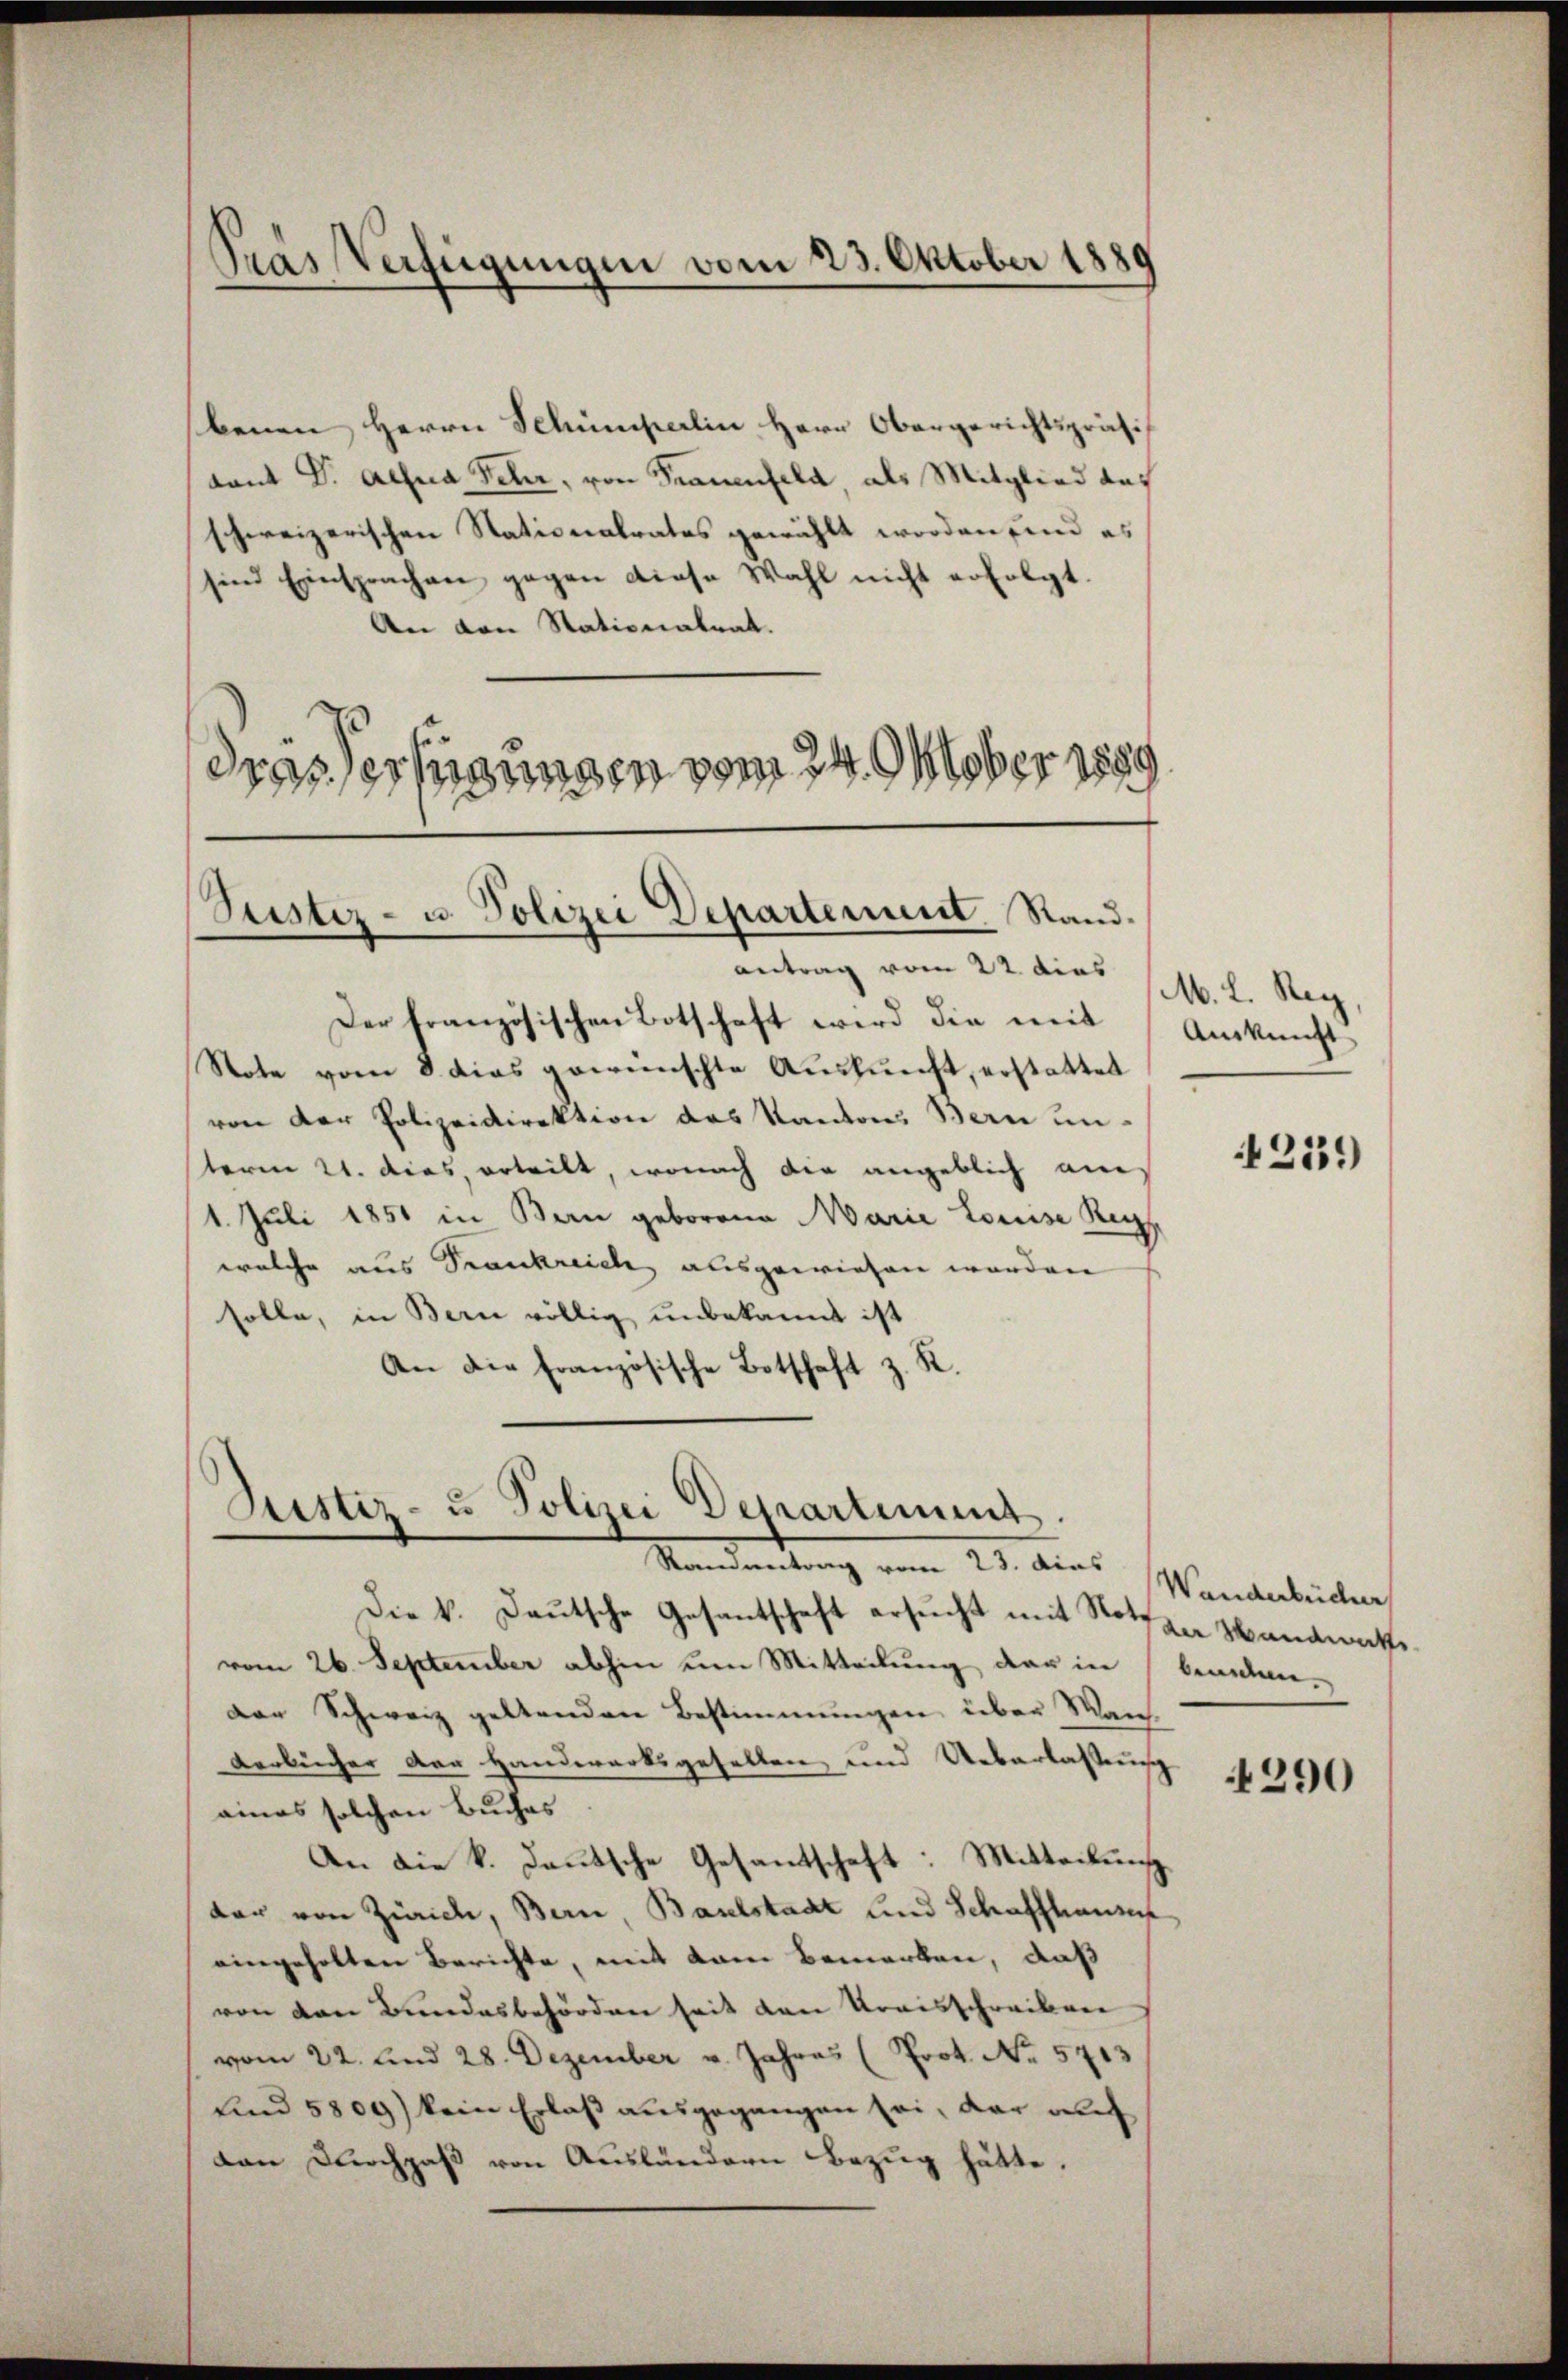
Pras Verfügungen vom 23. Oktober 1889

benen Herrn Schumperlin Herr Obergerichtspräsi
Lant Dr. Acha Fehr, von Frauenfeld als Mitglied des
schweizerischen Stationalrates gewählt worden sind es
sind Einsprachen gegen diese Wahl nicht erfolgt.
An den Stationalrat.
drasterfügungen vom 24. Oktober 1889

Justiz- u. Polizei Departement. Rand¬

Justiz- u. Polizei Departement.
Standerung vom 25. dies andenbeiter

Der französischen Botschaft wird die mit
Note vom 8. dies gewünschte Auskunft, erstattet
von der Polizeidirektion des Kantons Bern unsterm 21. dies, erteilt, wonach die angeblich an¬
1. Juli 1851 in Bern geborene Marie Louise Reg
welche aus Frankreich ausgewiesen worden
solle, in Bern völlig unbekannt ist
An die Französische Botschaft z. R.

antrag vom 22. dies /M. L. Reg

Die k. Deutsche Gesantschaft ersŭcht mit Stott zu Handwate
vom 26. September abhin um Mitteilung der in beiden.
Der Schweiz geltenden Bestimmungen über Wan-
Verbücher der Handwerksgesellen und Ueberlassung
aines solchen Buches
An die k. Deutsche Gesantschaft: Mitteilung
dar von Zürich, Bern Baselstadt und Schaffhauser
eingeholten Berichte, mit kam bemerken, daß
von den Bundesbehörden seit den Kraisschreiben
vom 22. und 28. Dezember v. Jahres (Prot. No. 5713
und 5809) kein Erlaß ausgegangen sei, der auf
dan Durchgass von Ausländern Bezug hätte.

Auskunft

1251)

290